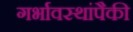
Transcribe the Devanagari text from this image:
गर्भावस्थांपैकी